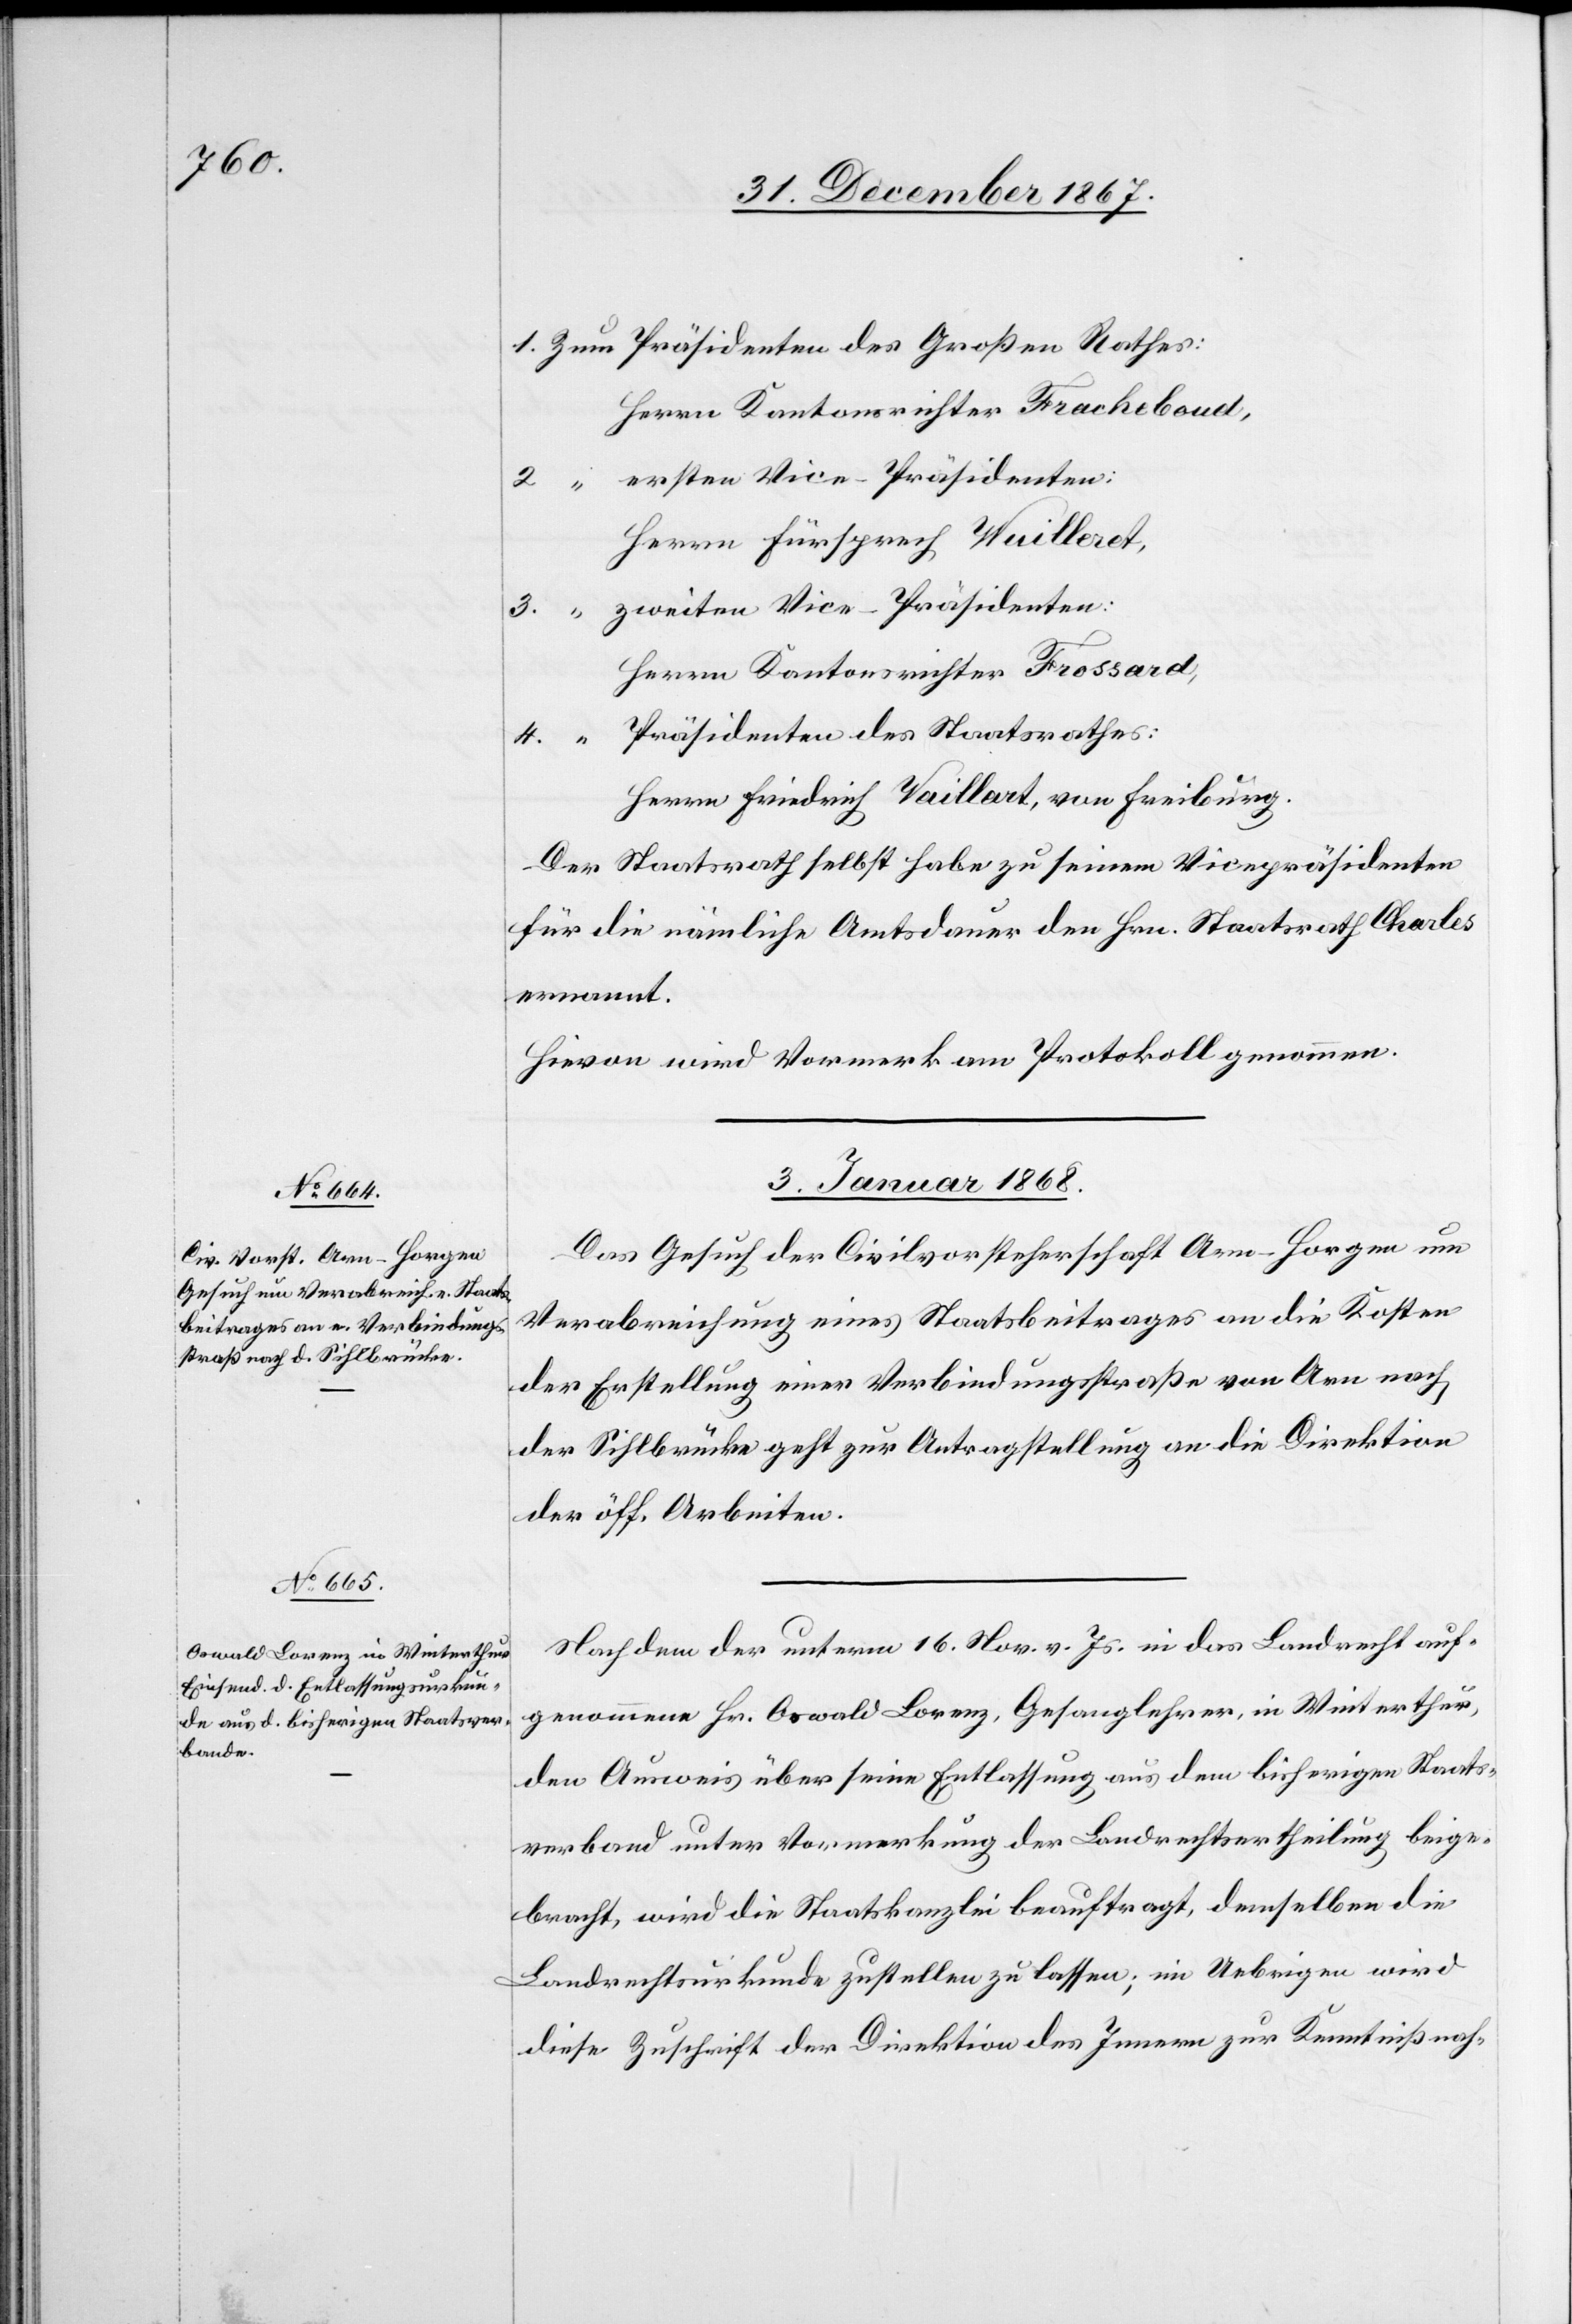
Herrn Kantonsrichter Fracheboud,
ersten Vice-Präsidenten:
2.
“
Herrn Fürspreche Wuillert,
zweiten Vice-Präsidenten:
3.
4.
Herrn Kantonsrichter Frossard,
Präsidenten des Staatsrathes:
Herrn Friedrich Vaillart, von Freiburg.
Der Staatsrath selbst habe zu seinem Vicepräsidenten
für die nämliche Amtsdauer den Hrn. Staatsrath Charles
ernannt.
Hievon wird Vormerk am Protokoll genommen.
3. Januar 1868.]
Das Gesuch der Civilvorsteherschaft Arn - Horgen um
Verabreichung eines Staatsbeitrages an die Kosten
der Erstellung einer Verbindungsstraße von Arn nach
der Sihlbrücke geht zur Antragstellung an die Direktion
der öff. Arbeiten.
Nachdem der unterm 16. Nov. v. Js. in das Landrecht auf¬
genommene Hr. Oswald Lorenz, Gesanglehrer, in Winterthur,
den Ausweis über seine Entlassung aus dem bisherigen Staats¬
verband unter Vormerkung der Landrechtsertheilung beige¬
bracht, wird die Staatskanzlei beauftragt, demselben die
Landrechtsurkunde zustellen zu lassen; im Uebrigen wird
diese Zuschrift der Direktion des Innern zur Kenntnißnah-